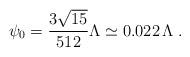
LaTeX: \begin{align*} \psi_0 = \frac{3 \sqrt{15}}{512} \Lambda \simeq 0.022 \, \Lambda \; .\end{align*}